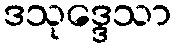
ဒသုဒ္ဒေသာ